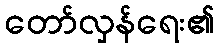
တော်လှန်ရေး၏